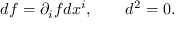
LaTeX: d f = \partial _ { i } f d x ^ { i } , \qquad d ^ { 2 } = 0 .